Leaving Certificate Examination (including Day School Certificate (Higher) General paper), 1935
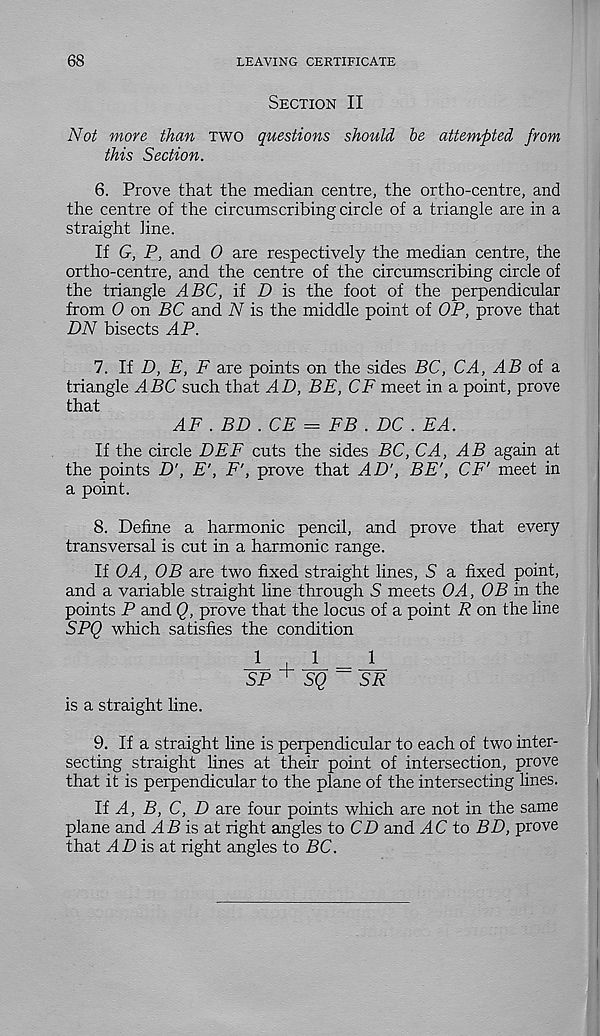
68
LEAVING CERTIFICATE
Section II
Not more than two questions should be attempted from
this Section.
6. Prove that the median centre, the ortho-centre, and
the centre of the circumscribing circle of a triangle are in a
straight line.
If G, P, and 0 are respectively the median centre, the
ortho-centre, and the centre of the circumscribing circle of
the triangle ABC, if D is the foot of the perpendicular
from 0 on BC and N is the middle point of OP, prove that
DN bisects AP.
7. If D, E, F are points on the sides BC, CA, AB oi a.
triangle ABC such that AD, BE, CF meet in a point, prove
that
AF . BD . CE — FB . DC . FA.
If the circle DEF cuts the sides BC, CA, AB again at
the points D', E', F', prove that AD', BE', CF' meet in
a point.
8. Define a harmonic pencil, and prove that every
transversal is cut in a harmonic range.
If OA, OB are two fixed straight lines, S a fixed point,
and a variable straight line through S meets OA, OB in the
points P and Q, prove that the locus of a point R on the line
SPQ which satisfies the condition
111
SP + SQ~ SR
is a straight line.
9. If a straight line is perpendicular to each of two inter-
secting straight lines at their point of intersection, prove
that it is perpendicular to the plane of the intersecting lines.
If A, B, C, D are four points which are not in the same
plane and
is at right angles to CD and ^4C to BD, prove
that ^4 D is at right angles to BC.